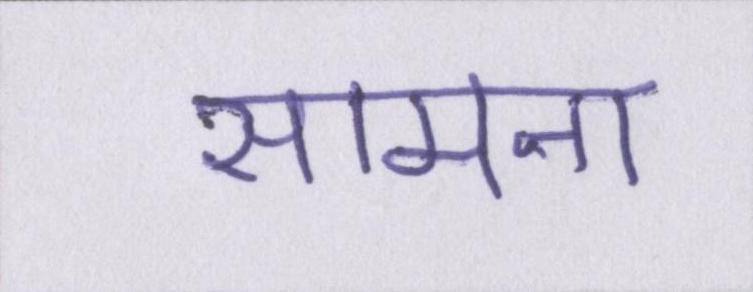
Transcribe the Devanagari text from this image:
सामना